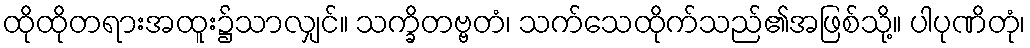
ထိုထိုတရားအထူး၌သာလျှင်။ သက္ခိတဗ္ဗတံ၊ သက်သေထိုက်သည်၏အဖြစ်သို့။ ပါပုဏိတုံ၊